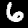
Digit: 6